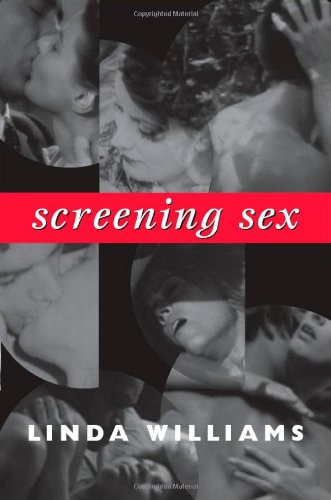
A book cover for Screening Sex (a John Hope Franklin Center Book); Linda Williams; Politics & Social Sciences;